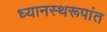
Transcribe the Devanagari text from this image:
ध्यानस्थरूपांत